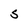
Character: S